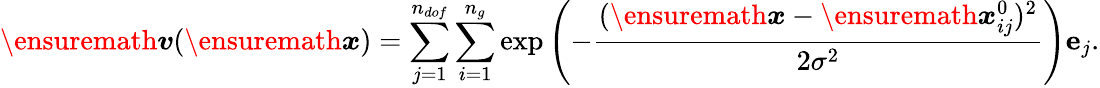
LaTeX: \ensuremath{\boldsymbol{v}}(\ensuremath{\boldsymbol{{x}}})=\sum_{j=1}^{n_{dof}}\sum_{i=1}^{n_{g}}\exp\left(-\frac{(\ensuremath{\boldsymbol{{x}}}-\ensuremath{\boldsymbol{{x}}}_{ij}^{0})^{2}}{2\sigma^{2}}\right)\mathbf{e}_{j}.